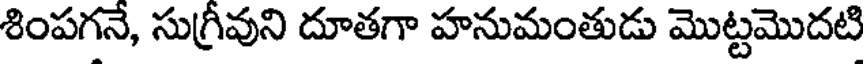
శింపగనే, సుగ్రీవుని దూతగా హనుమంతుడు మొట్టమొదటి